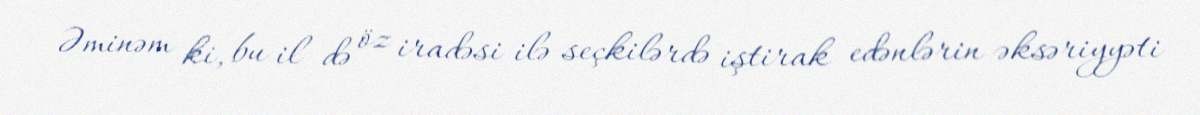
Əminəm ki, bu il də öz iradəsi ilə seçkilərdə iştirak edənlərin əksəriyyəti